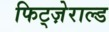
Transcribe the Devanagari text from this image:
फिट्ज़ेराल्ड